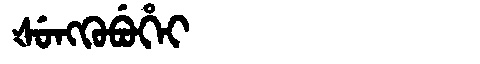
Manchu: ᡧᡠᠩᡴᡠᠪᡠᡥᡝᡳ
Romanization: ŠUNGKUBUHEI